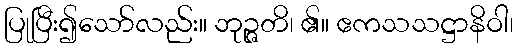
ပြုပြီး၍သော်လည်း။ ဘုဉ္ဇတိ၊ ၏။ ဧကသသဋ္ဌာနိဝါ၊